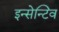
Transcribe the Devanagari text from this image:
इन्सेन्टिव